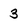
Character: 3